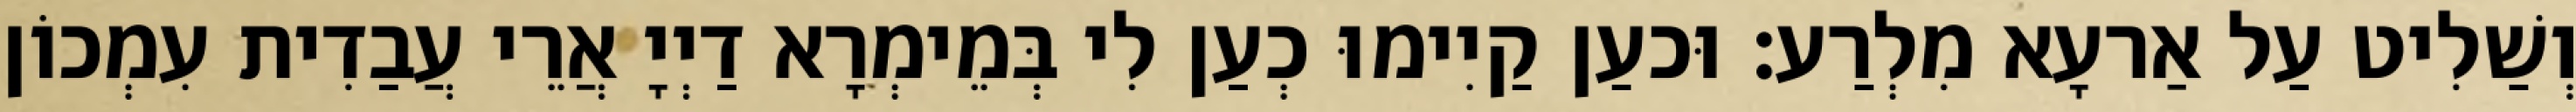
וְשַׁלִיט עַל אַרעָא מִלְרַע׃ וּכעַן קַיִימוּ כְעַן לִי בְּמֵימְרָא דַיְיָ אֲרֵי עֲבַדִית עִמְכוֹן